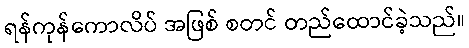
ရန်ကုန်ကောလိပ် အဖြစ် စတင် တည်ထောင်ခဲ့သည်။